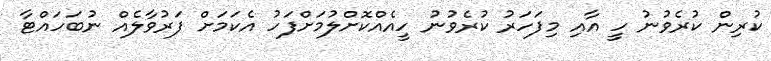
ކުރިން ކުރެވުނު ހީ އާއި މިފަހަރު ކުރެވުނު ހީއެއްކޮށްލުމަށްފަހު އެކަމަށް ފަރުވާލެއް ނުބަހައްޓާ